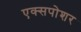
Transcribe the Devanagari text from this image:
एक्सपोशर